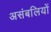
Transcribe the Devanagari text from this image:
असंबलियों